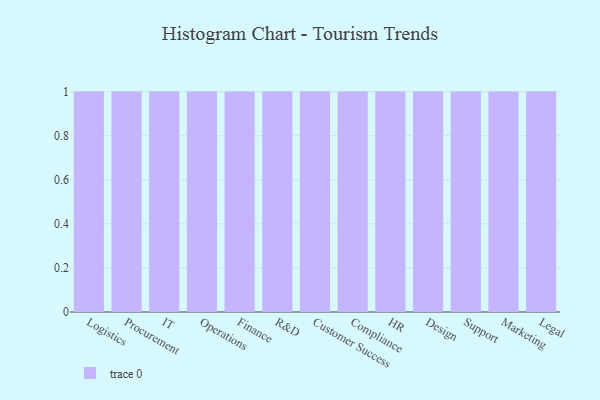
{"axis": {"x": "Department", "y": "Waste Production (Tons)"}, "legend": [""], "data": [{"x": "Logistics", "y": 90, "type": ""}, {"x": "Procurement", "y": 9, "type": ""}, {"x": "IT", "y": 80, "type": ""}, {"x": "Operations", "y": 76, "type": ""}, {"x": "Finance", "y": 22, "type": ""}, {"x": "R&D", "y": 5, "type": ""}, {"x": "Customer Success", "y": 4, "type": ""}, {"x": "Compliance", "y": 35, "type": ""}, {"x": "HR", "y": 4, "type": ""}, {"x": "Design", "y": 85, "type": ""}, {"x": "Support", "y": 40, "type": ""}, {"x": "Marketing", "y": 52, "type": ""}, {"x": "Legal", "y": 24, "type": ""}]}